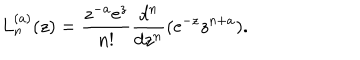
L _ { n } ^ { ( a ) } ( z ) = \frac { z ^ { - a } \mathrm { e } ^ { z } } { n ! } \frac { d ^ { n } } { d z ^ { n } } ( \mathrm { e } ^ { - z } z ^ { n + a } ) .